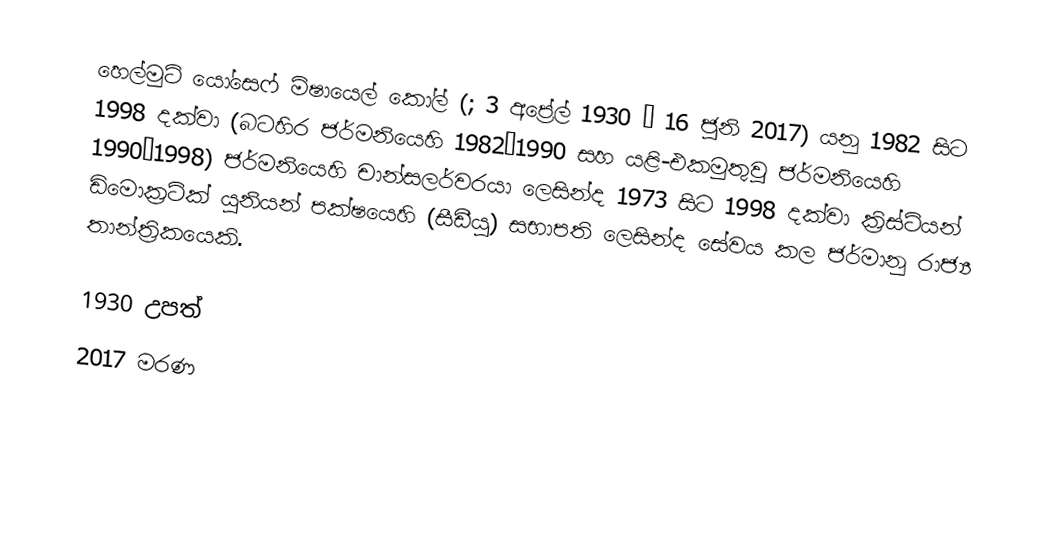
හෙල්මුට් යෝසෙෆ් මිෂායෙල් කෝල් (; 3 අප්‍රේල් 1930 – 16 ජූනි 2017) යනු 1982 සිට  1998 දක්වා (බටහිර ජර්මනියෙහි 1982–1990 සහ යළි-එකමුතුවූ ජර්මනියෙහි 1990–1998)  ජර්මනියෙහි චාන්සලර්වරයා ලෙසින්ද 1973 සිට 1998 දක්වා  ක්‍රිස්ටියන් ඩිමොක්‍රටික් යූනියන් පක්ෂයෙහි (සීඩීයූ) සභාපති ලෙසින්ද සේවය කල ජර්මානු රාජ්‍ය තාන්ත්‍රිකයෙකි.

1930 උපත්
2017 මරණ